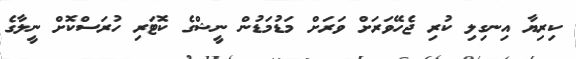
ކިރިޔާ އިނގިލި ކުރި ޖެހޭވަރަށް ވަރަށް މަޑުމަޑުން ނީޝްގެ ކޮޓަރި ހުރަސްކޮށް ނީލާގެ